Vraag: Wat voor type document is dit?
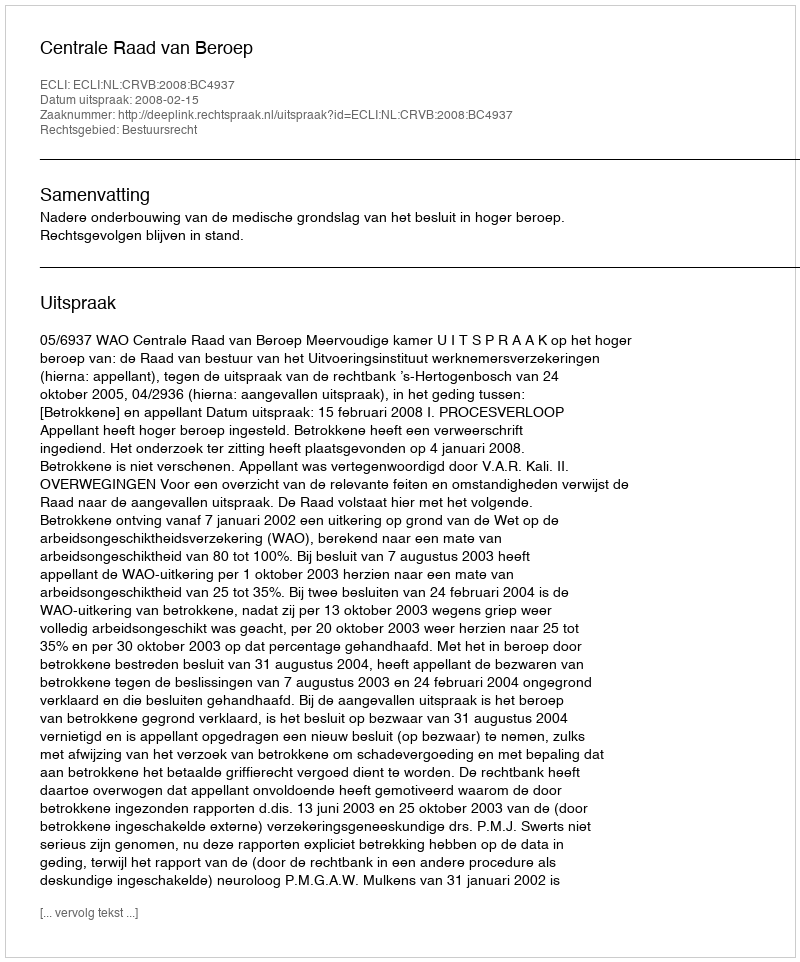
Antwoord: Uitspraak